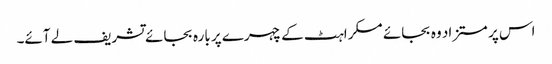
اس پر مستزاد وہ بجائے مسکراہٹ کے چہرے پر بارہ بجائے تشریف لے آئے۔